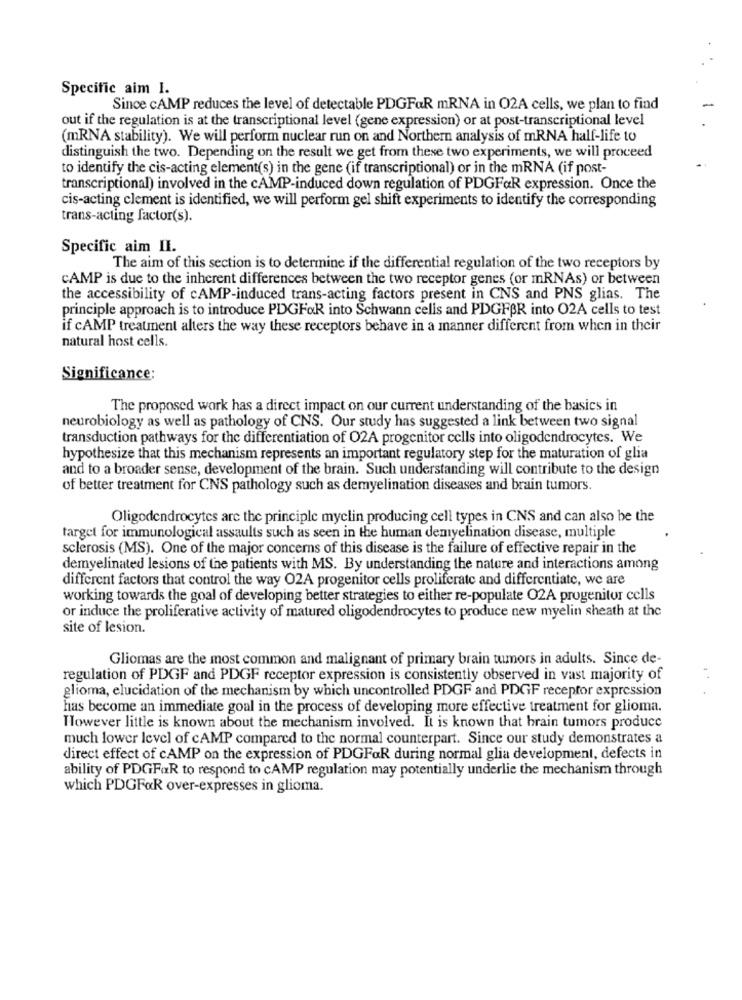
Specific aim I.
Since cAMP reduces the level of detectable PDGFaR mRNA in O2A cells, we plan to find
out if the regulation is at the transcriptional level (gene expression) or at post-transcriptional level
(mRNA stability). We will perform nuclear run on and Northern analysis of mRNA half-life to
distinguish the two. Depending on the result we get from these two experiments, we will proceed
to identify the cis-acting element(s) in the gene (if transcriptional) or in the mRNA (if post-
transcriptional) involved in the cAMP-induced down regulation of PDGFaR expression. Once the
cis-acting clement is identified, we will perform gel shift experiments to identify the corresponding
trans-acting factor(s).
Specific aim II.
The aim of this section is to determine if the differential regulation of the two receptors by
CAMP is due to the inherent differences between the two receptor genes (or mRNAs) or between
the accessibility of cAMP-induced trans-acting factors present in CNS and PNS glias. The
principle approach is to introduce PDGFOR into Schwann cells and PDGFBR into O2A cells to test
if cAMP treatment alters the way these receptors behave in a manner different from when in their
natural host cells.
Significance:
The proposed work has a direct impact on our current understanding of the basics in
neurobiology as well as pathology of CNS. Our study has suggested a link between two signal
transduction pathways for the differentiation of O2A progenitor cells into oligodendrocytes. We
hypothesize that this mechanism represents an important regulatory step for the maturation of glia
and to a broader sense, development of the brain. Such understanding will contribute to the design
of better treatment for CNS pathology such as demyelination diseases and brain tumors.
Oligodendrocytes are the principle myclin producing cell types in CNS and can also be the
target for immunological assaults such as seen in the human demyelination disease, multiple
sclerosis (MS). One of the major concerns of this disease is the failure of effective repair in the
demyelinated lesions of the patients with MS. By understanding the nature and interactions among
different factors that control the way O2A progenitor cells proliferate and differentiate, we are
working towards the goal of developing better strategies to either re-populate O2A progenitor cells
or induce the proliferative activity of matured oligodendrocytes to produce new myelin sheath at the
site of lesion.
Gliomas are the most common and malignant of primary brain tumors in adults. Since de-
regulation of PDGF and PDGF receptor expression is consistently observed in vast majority of
glioma, elucidation of the mechanism by which uncontrolled PDGF and PDGF receptor expression
has become an immediate goal in the process of developing more effective treatment for glioma.
However little is known about the mechanism involved. It is known that brain tumors produce
much lower level of cAMP compared to the normal counterpart. Since our study demonstrates a
direct effect of cAMP on the expression of PDGFaR during normal glia development, defects in
ability of PDGFOR to respond to CAMP regulation may potentially underlie the mechanism through
which PDGFOR over-expresses in glioma.